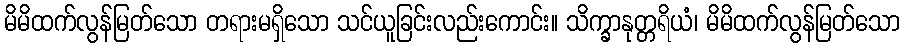
မိမိထက်လွန်မြတ်သော တရားမရှိသော သင်ယူခြင်းလည်းကောင်း။ သိက္ခာနုတ္တရိယံ၊ မိမိထက်လွန်မြတ်သော